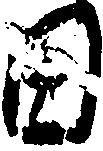
田